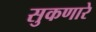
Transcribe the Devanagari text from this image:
सुकणारे